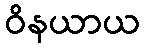
ဝိနယာယ